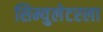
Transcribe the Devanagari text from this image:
सिम्युलेटरला